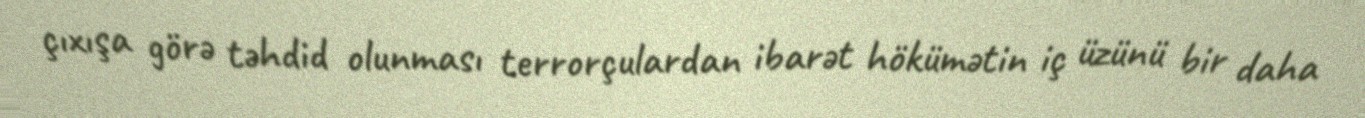
çıxışa görə təhdid olunması terrorçulardan ibarət hökümətin iç üzünü bir daha